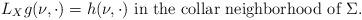
LaTeX: \begin{align*}L_X g (\nu, \cdot) = h(\nu, \cdot) \mbox{ in the collar neighborhood of } \Sigma. \end{align*}